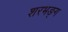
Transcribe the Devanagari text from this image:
शरभङ्ग